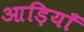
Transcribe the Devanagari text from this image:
आड़ियाँ